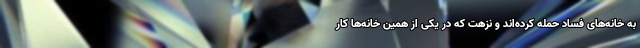
به خانه‌های فساد حمله كرده‌اند و نزهت كه در يكی از همين خانه‌ها كار